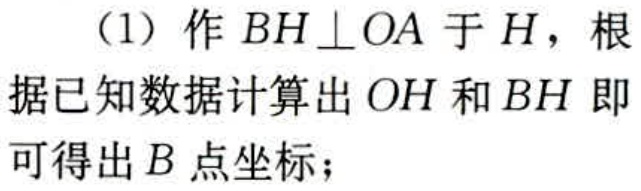
（1）作 \(BH\perp OA\) 于 \(H\)，根据已知数据计算出 \(OH\) 和 \(BH\) 即可得出 \(B\) 点坐标；